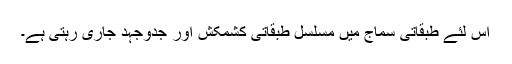
اس لئے طبقاتی سماج میں مسلسل طبقاتی کشمکش اور جدوجہد جاری رہتی ہے۔